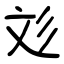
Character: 彣